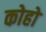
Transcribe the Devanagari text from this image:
कोहो